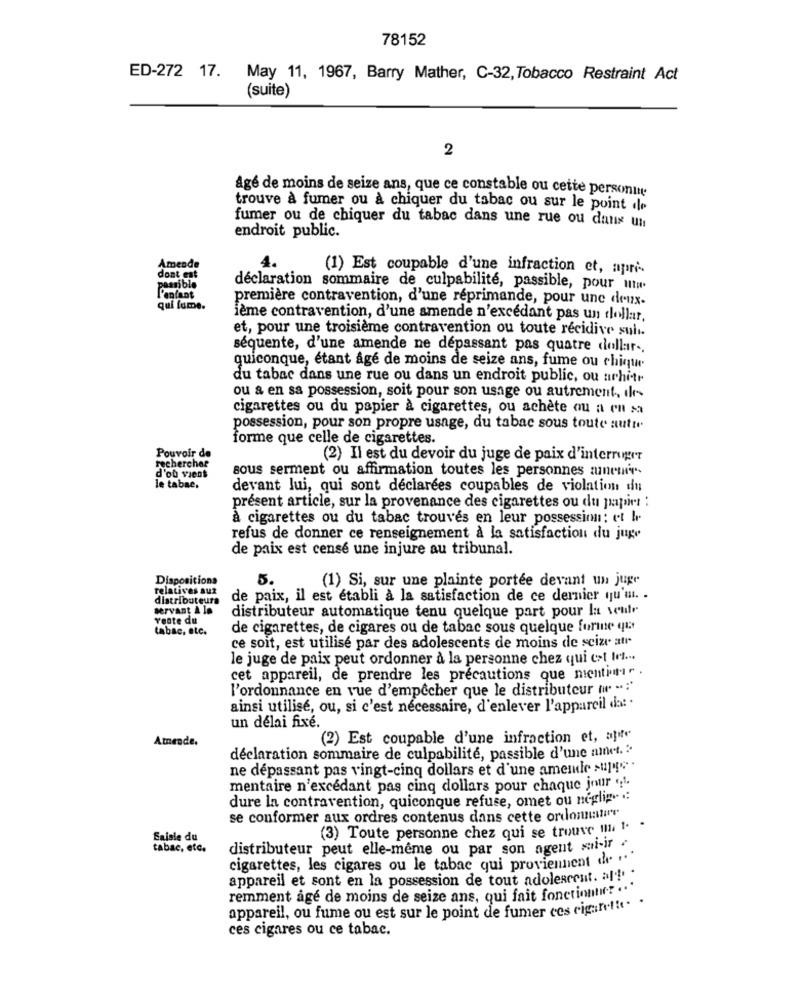
78152
ED-272 17. May 11, 1967, Barry Mather, C-32, Tobacco Restraint Act
(suite)
2
âgé de moins de seize ans, que ce constable ou cette personin
trouve à fumer ou à chiquer du tabac ou sur le point de
fumer ou de chiquer du tabac dans une rue ou dans un
endroit public.
Amende
dont est
4.
(1) Est coupable d'une infraction et, apri-
possible
déclaration sommaire de culpabilité, passible, pour ut
l'enfant
première contravention, d'une reprimande, pour une deux-
qui lume.
ième contravention, d'une amende n'excédant pas un dollar,
et, pour une troisième contravention ou toute récidive sul.
séquente, d'une amende ne dépassant pas quatre dollar ..
quiconque, étant age de moins de seize ans, fume ou chiqu
du tabac dans une rue ou dans un endroit public, ou arhitr
ou a en sa possession, soit pour son usage ou autrement, de-
cigarettes ou du papier à cigarettes, ou achète ou a ou sa
possession, pour son propre usage, du tabac sous toute autre
forme que celle de cigarettes.
Pouvoir de
(2) Il est du devoir du juge de paix d'interruger
rechercher
sous serment ou affirmation toutes les personnes amemir-
d'où viens
le tabac.
devant lui, qui sont déclarées coupables de violation du
présent article, sur la provenance des cigarettes ou du papir :
à cigarettes ou du tabac trouvés en leur possession: et l
refus de donner ce renseignement à la satisfaction du juge
de paix est censé une injure au tribunal.
Dispositions
5.
(1) Si, sur une plainte portée devant un juge
relatives aux
distributeurs
de paix, il est établi à la satisfaction de ce dernier qu'un. .
servant À la
vente du
distributeur automatique tenu quelque part pour la ventr
tabac, etc.
de cigarettes, de cigares ou de tabac sous quelque forme qu
ce soit, est utilisé par des adolescents de moins de scize atr
le juge de paix peut ordonner à la personne chez qui cet let ...
cet appareil, de prendre les précautions que mentini .
l'ordonnance en vue d'empêcher que le distributeur ( -: '
ainsi utilisé, ou, si c'est nécessaire, d'enlever l'appareil da: ·
un délai fixé.
Atnende.
(2) Est coupable d'une infraction et, aput
déclaration sommaire de culpabilité, passible d'une amnet. :
ne dépassant pas vingt-cinq dollars et d'une ameile sujet .
mentaire n'excédant pas cinq dollars pour chaque jour ;1.
dure la contravention, quiconque refuse, omet ou neglip .:
se conformer aux ordres contenus dans cette ordonnaur
(3) Toute personne chez qui se trouve m 1. .
Saisie du
tabac, etc.
distributeur peut elle-même ou par son agent sui-ir .
cigarettes, les cigares ou le tabac qui proviennent de "
appareil et sont en la possession de tout adolescent. :! :
remment âgé de moins de seize ans, qui fait fonctionne? ...
appareil, ou fume ou est sur le point de fumer ces cigaret !. .
ces cigares ou ce tabac.